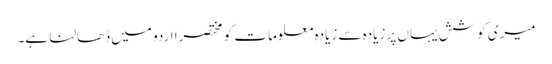
میری کوشش یہاں پر زیادہ سے زیادہ معلومات کو مختصرا اردو میں ڈھالنا ہے۔